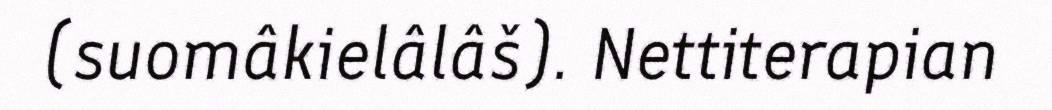
(suomâkielâlâš). Nettiterapian